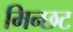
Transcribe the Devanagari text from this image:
मिन्छट